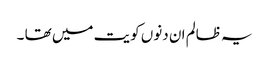
یہ ظالم ان دنوں کویت میں تھا ۔